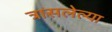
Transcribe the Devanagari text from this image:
त्रासलेल्या